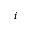
i